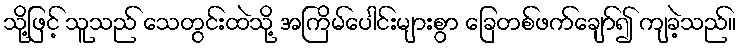
သို့ဖြင့် သူသည် သေတွင်းထဲသို့ အကြိမ်ပေါင်းများစွာ ခြေတစ်ဖက်ချော်၍ ကျခဲ့သည်။